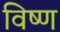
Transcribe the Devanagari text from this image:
विष्ण